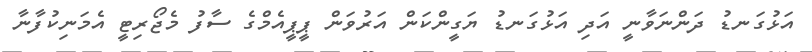
އަޅުގަނޑު ދަންނަވާނީ އަދި އަޅުގަނޑު ޔަގީންކަން އަރުވަން ޕީޕީއެމްގެ ސާފު މެޖޯރިޓީ އެމަނިކުފާނާ